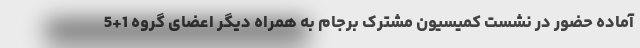
آماده حضور در نشست کمیسیون مشترک برجام به همراه دیگر اعضای گروه 1+5